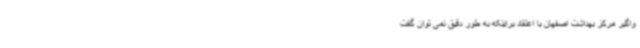
واگیر مرکز بهداشت اصفهان با اعتقاد براینکه به طور دقیق نمی توان گفت